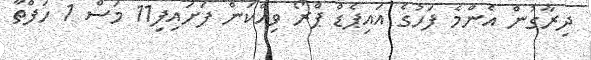
ދިރާގުން އެންމެ ފަހުގެ އައިޕެޑް ޕްރޯ ވިއްކަން ފަށައިފި11 މަސް 1 ހަފްތާ